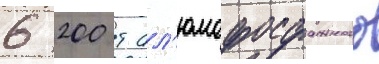
6 200 т ал'юмофосфатного